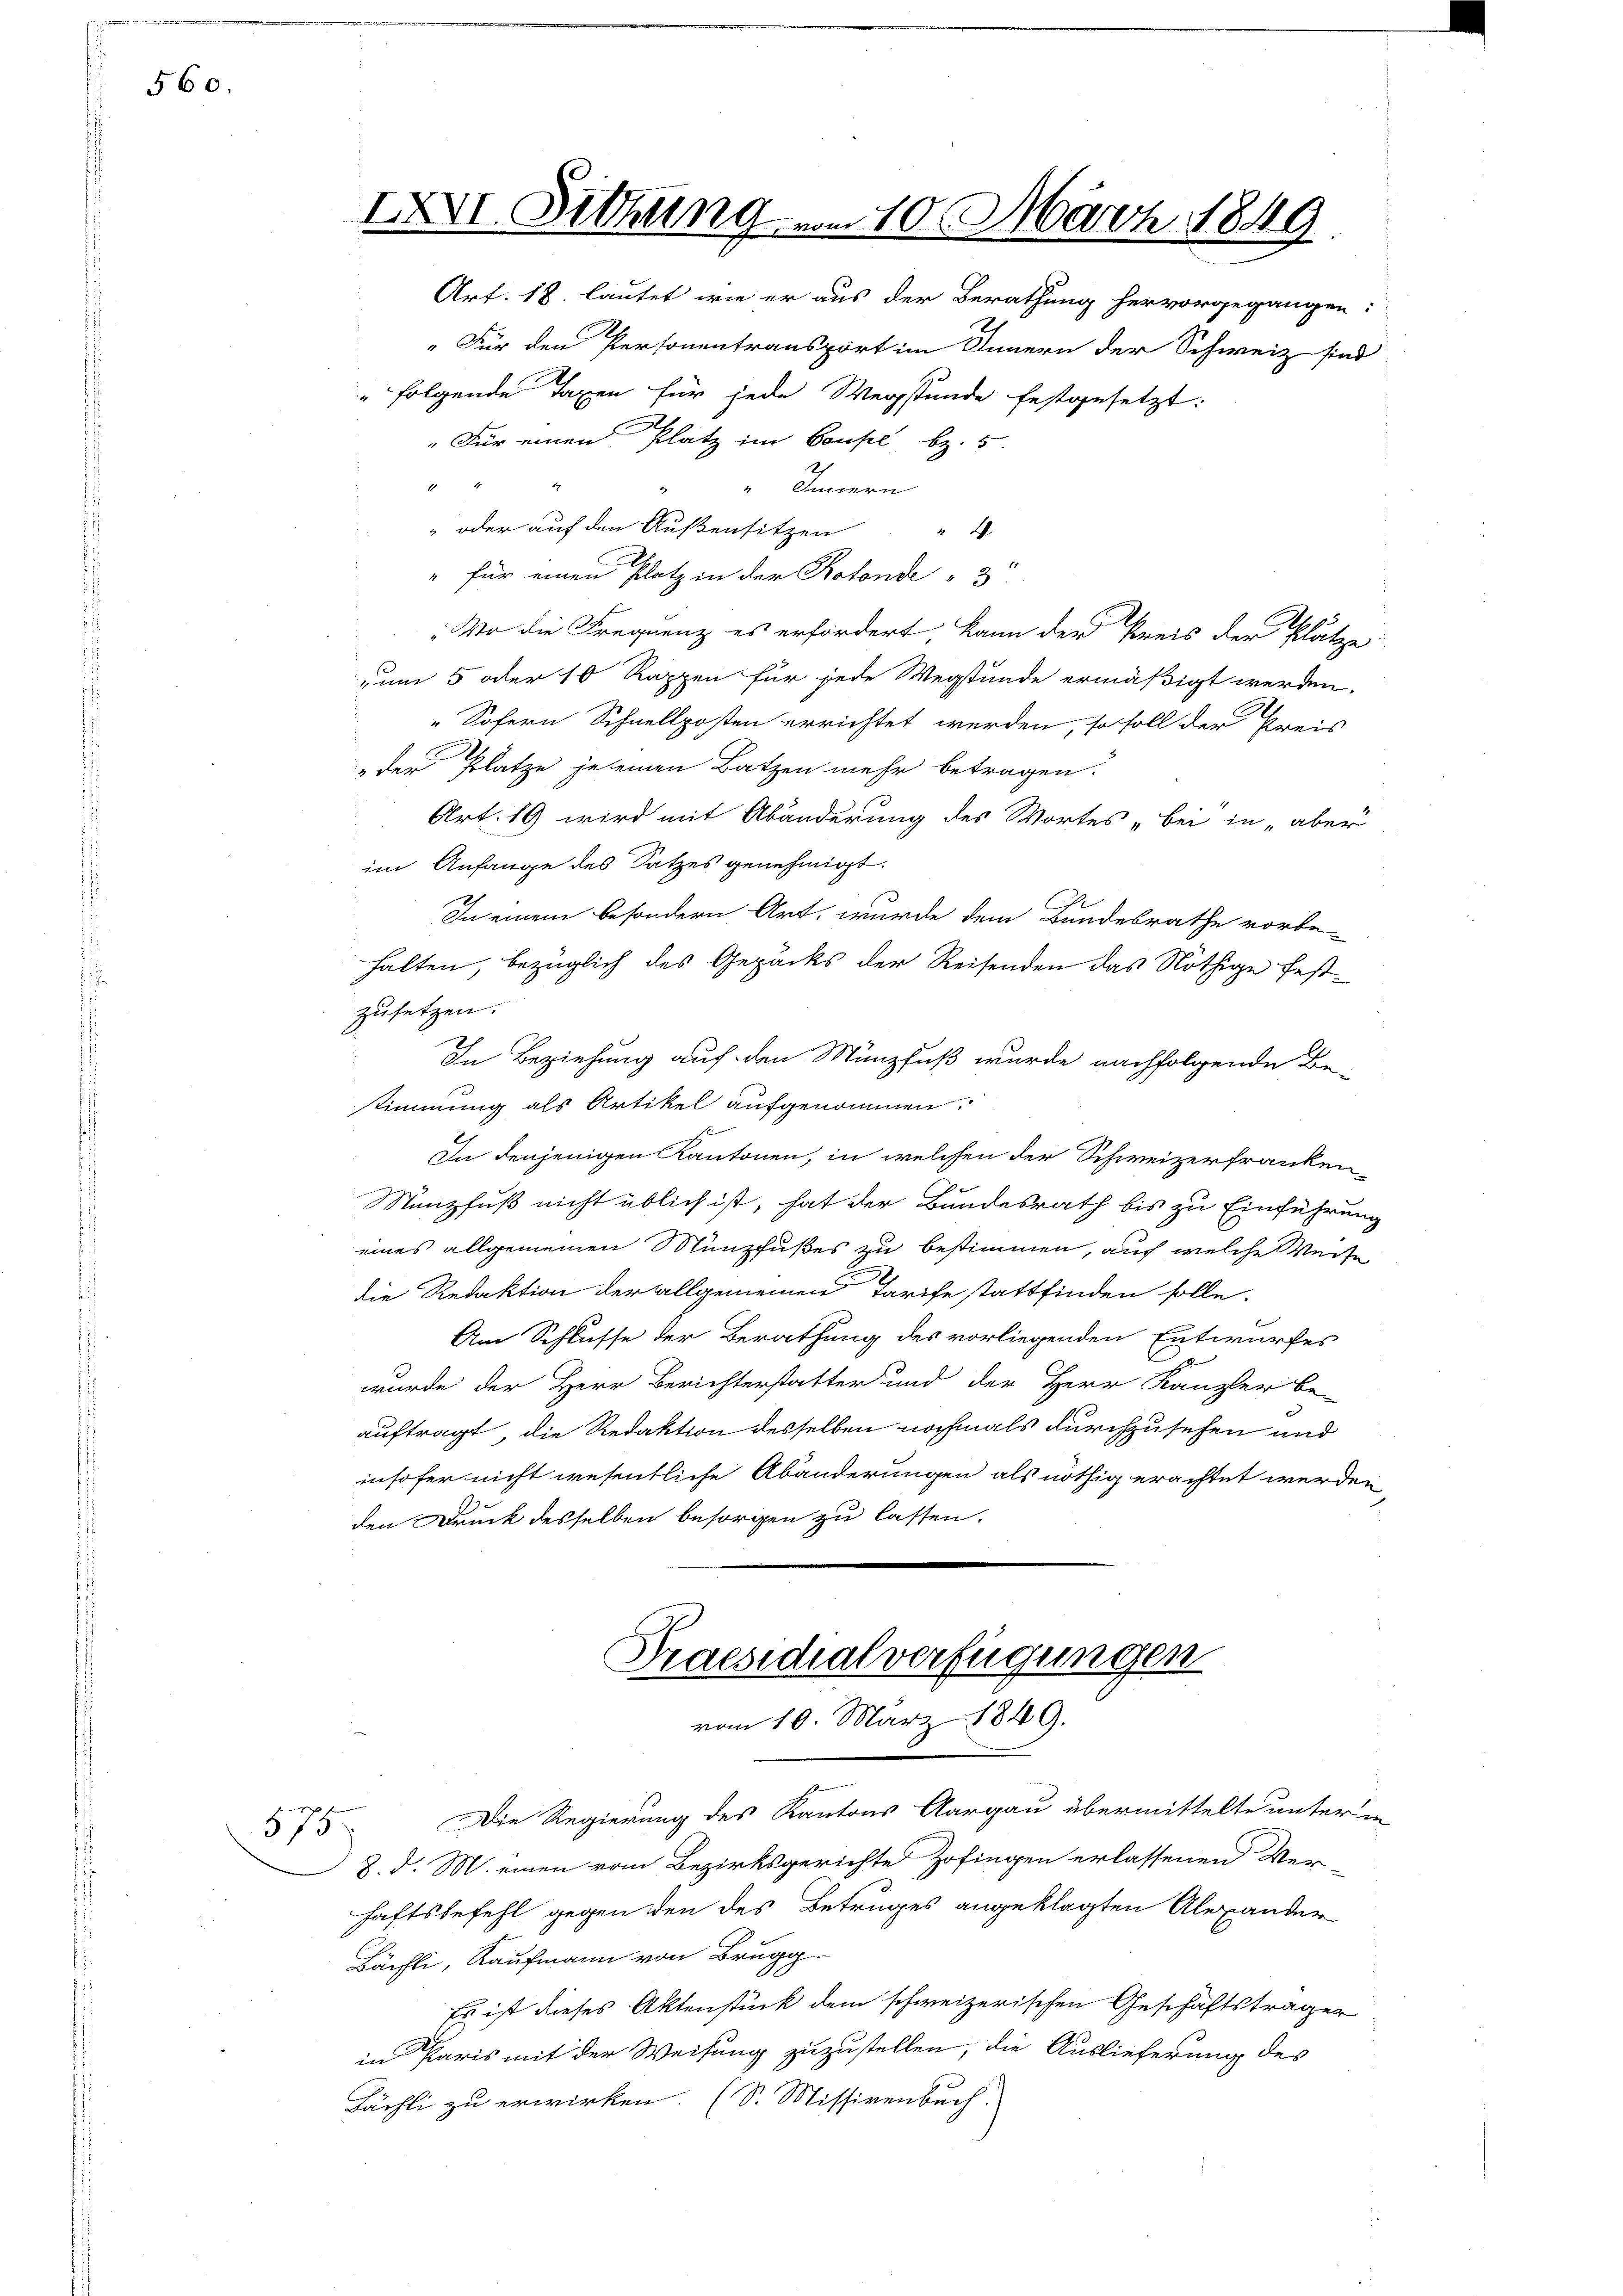
560.

XXXVI. Sitzung vom 10. März 1849
Art. 18. lautet, wie er aus der Berathung hervorgegangen:

„Für den Personentransport im Innern der Schweiz sind
" folgende Taxen für jede Wegstunde festgesetzt:
"Für einen Platz im Bousel bz. 5.
d
" Innern
“ oder auf den Außensitzen
4
" für einen Platz in der Rotende 3
Wo die Frequenz es erfordert, kann der Preis der Plätze
zum 5 oder 10 Rappen für jede Wegstunde ermäßigt werden.
„Sofern Schnellposten errichtet werden, so soll der Kreis
der Platze je einen Batzen mehr betragen.
Art. 19 wird mit Abänderung des Wortes „Bei in „aber
im Anfange des Satzes genehmigt.
In einem besondern Art, wurde dem Bundesrathe vorbe
halten, bezüglich des Gepäcks der Reisenden das Nöthige festzusetzen.
In Beziehung auf den Münzfuß wurde nachfolgende Be-
stimmung als Artikel aufgenommen.
In denjenigen Kantonen, in welchen der Schweizerfranken-
Münzfuß nicht üblich ist, hat der Bundesrath bis zu Einführung
eines allgemeinen Münzfußes zu bestimmen, auch welche Weise
die Redaktion der allgemeinen Tarife stattfinden solle.
Am Schlusse der Berathung des vorliegenden Entwurfes
d
wurde der Herr Berichterstatter und der Herr Kanzler be-
auftragt, die Redaktion desselben nochmals durchzusehen und
insofer nicht wesentliche Abänderungen als nöthig erachtet werden,
den Druck desselben besorgen zu lassen.

Praesidialverfügungen
vom 10. März 1849.

75. Die Regierung des Kantons Aargau übermittelte unter in
2. d. M. einen vom Bezirksgerichte Zofingen erlassenen Ver-
haftsbefehl gegen den des Betruges angeklagten Alexander
Bächli, Kaufmann von Brugg
Es ist dieses Aktenstück dem schweizerischen Geschäftsträger
in Paris mit der Weisung zuzustellen, die Auslieferung des
Tächli zu erwirken. (S. Missivenbuch.